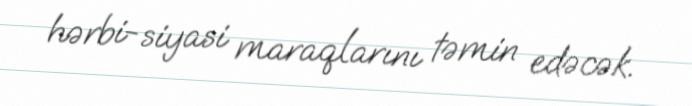
hərbi-siyasi maraqlarını təmin edəcək.